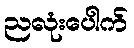
ညလုံးပေါက်